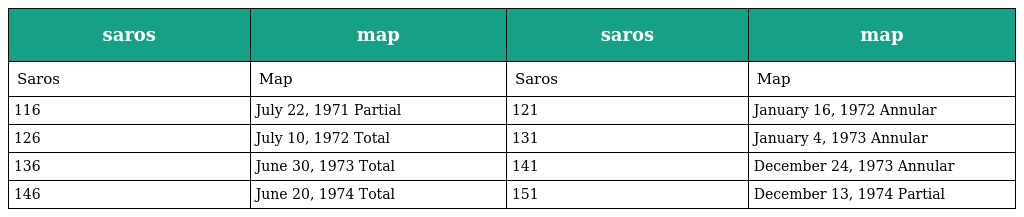
| saros | map | saros | map |
 | --- | --- | --- | --- |
 | Saros | Map | Saros | Map |
 | 116 | July 22, 1971 Partial | 121 | January 16, 1972 Annular |
 | 126 | July 10, 1972 Total | 131 | January 4, 1973 Annular |
 | 136 | June 30, 1973 Total | 141 | December 24, 1973 Annular |
 | 146 | June 20, 1974 Total | 151 | December 13, 1974 Partial |